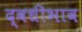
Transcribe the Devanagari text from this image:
द्वधीभाव